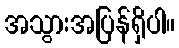
အသွားအပြန်ရှိပါ။